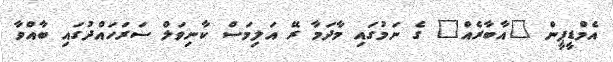
އެމްޑީޕީން "އާބާރެއް" ގެ ނަމުގައި މާދަމާ ރޭ އަލިމަސް ކާނިވަލް ސަރަހައްދުގައި ބާއްވާ